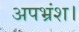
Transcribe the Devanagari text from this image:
अपभ्रंश।